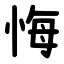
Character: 悔